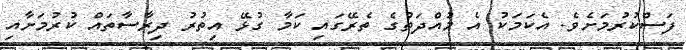
ފަސްކުރުމަށެވެ. އެކަމަކު އެ މުއްދަތުގެ ތެރޭގައި ކަމާ ގުޅޭ އިތުރު ދިރާސާތައް ކުރުމަށާއި